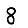
Digit: 8